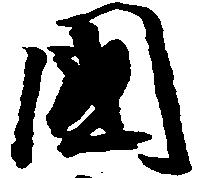
国